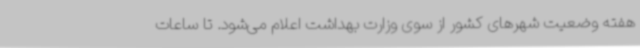
هفته وضعیت شهرهای کشور از سوی وزارت بهداشت اعلام می‌شود. تا ساعات